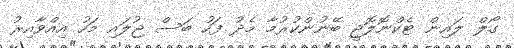
ގޯލް ލައިން ޓެކްނޮލޮޖީ ބޭނުންކުރުމާ މެދު ފަހު ބަސް ޖުލައި މަހު އިއްވާއިރު